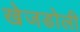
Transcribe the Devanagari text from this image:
खेजडोली